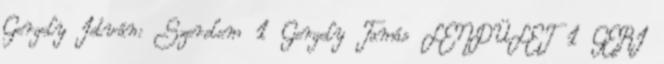
Gergely István: Szerelem 1 Gergely Tamás LENDÜLET 1 GERI